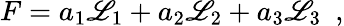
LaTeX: F=a_{1}\mathscr{L}_{1}+a_{2}\mathscr{L}_{2}+a_{3}\mathscr{L}_{3}\, \, \, ,